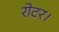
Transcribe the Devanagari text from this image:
रोटर।